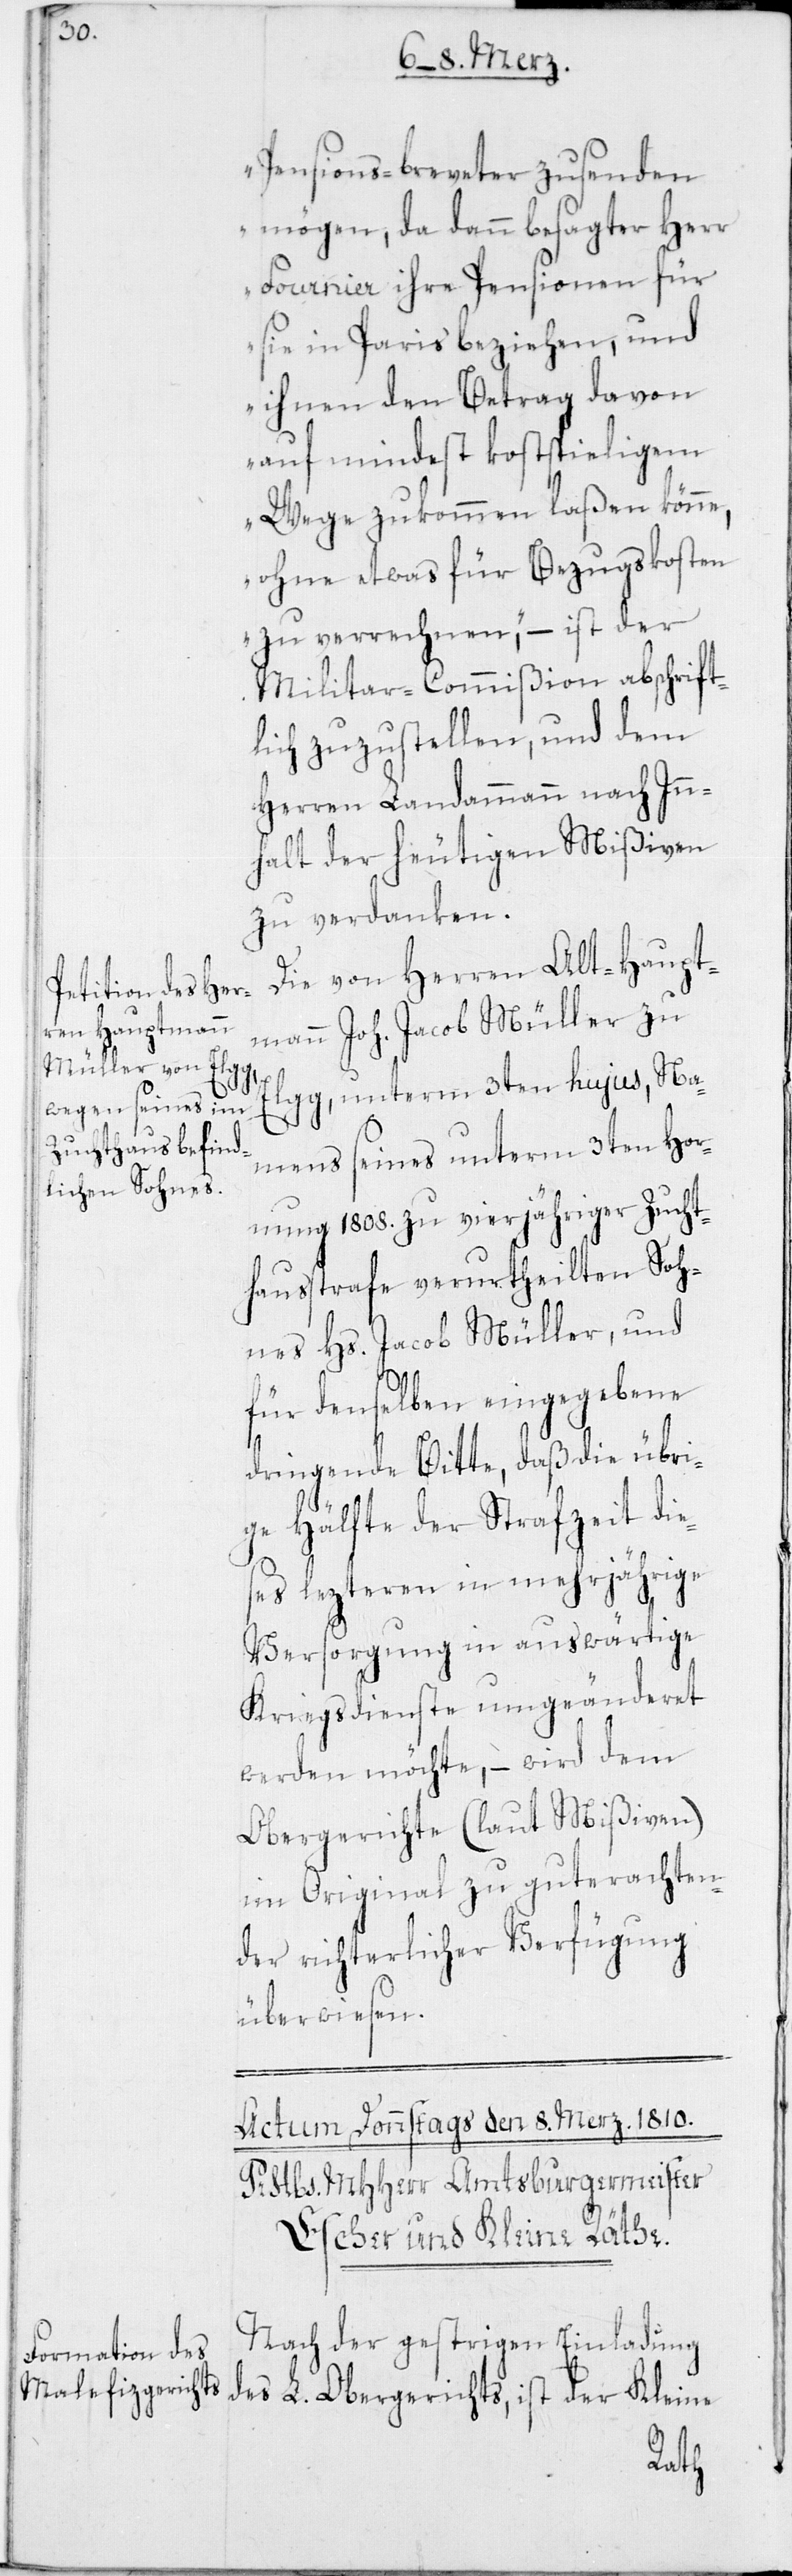
Pensions-Breveter zusenden
mögen, da dann besagter Herr
Fournier ihre Pensionen für
sie in Paris beziehen, und
ihnen den Betrag davon
auf mindest kostspieligem
Wege zukommen laßen könne,
ohne etwas für Bezugskosten
zu verrechnen“, – ist der
Militar-Commißion abschrift¬
lich zuzustellen, und dem
Herren Landammann nach Inn¬
halt der heutigen Mißiven
zu verdanken.
Die von Herren Alt-Haupt¬
mann Joh. Jacob Müller zu
Elgg, unterm 3ten hujus, Na¬
mens seines unterm 3ten Hor¬
nung 1808. zu vierjähriger Zucht¬
hausstrafe verurtheilten Soh¬
nes Hs. Jacob Müller, und
für denselben eingegebene
dringende Bitte, daß die übri¬
ge Hälfte der Strafzeit die¬
ses lezteren in mehrjährige
Versorgung in auswärtige
Kriegsdienste umgeänderet
werden möchte, – wird dem
Obergerichte (laut Mißiven)
im Original zu guterachten¬
der richterlicher Verfügung
überwiesen.
Nach der gestrigen Einladung
des L Obergerichts, ist der Kleine